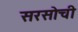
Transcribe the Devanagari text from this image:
सरसोची